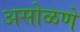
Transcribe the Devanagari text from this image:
असोळणे